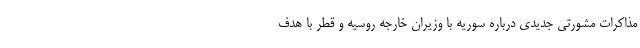
مذاکرات مشورتی جدیدی درباره سوریه با وزیران خارجه روسیه و قطر با هدف